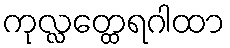
ကုလ္လတ္ထေရဂါထာ